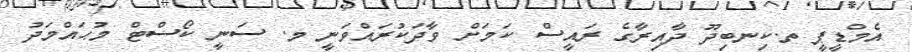
އެމްޑީޕީ ތ.ކިނބިދޫ ދާއިރާގެ ރައީސް ކަމަށް ވާދަކުރައްވަނީ މ. ސަނީ ކޯސްޓް މުޙައްމަދު